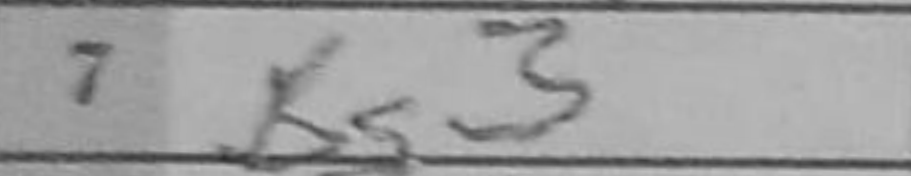
Transcription: Bg3